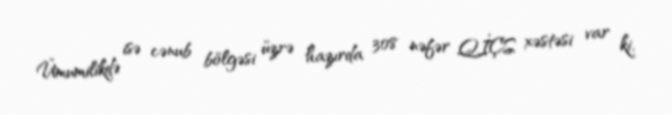
Ümumilikdə isə cənub bölgəsi üzrə hazırda 308 nəfər QİÇS xəstəsi var ki,